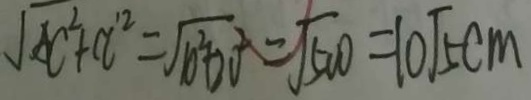
\sqrt { A C ^ { 2 } + C l ^ { 2 } } = \sqrt { 1 0 ^ { 2 } + 2 0 ^ { 2 } } = \sqrt { 5 0 0 } = 1 0 \sqrt { 5 } c m